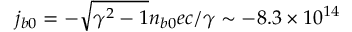
j _ { b 0 } = - \sqrt { \gamma ^ { 2 } - 1 } n _ { b 0 } e c / \gamma \sim - 8 . 3 \times 1 0 ^ { 1 4 }